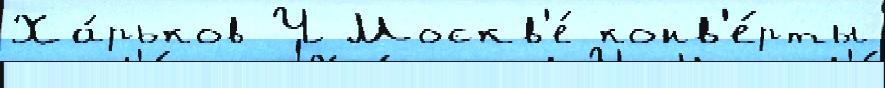
Ха́рьков Ч Москв'е́ конв'е́рты